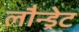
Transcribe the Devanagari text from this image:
लौन्ड्रेट